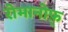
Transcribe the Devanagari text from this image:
रोमानोफ़्